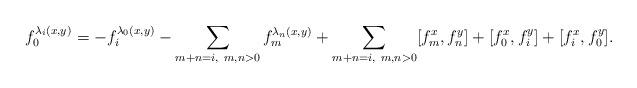
LaTeX: \begin{align*} f_0^{\lambda_i(x,y)}=-f_i^{\lambda_0(x,y)}-\sum_{m+n=i,~m,n>0}f_m^{\lambda_n(x,y)} +\sum_{m+n=i,~m,n>0}[f_m^x,f_n^{y}]+[f_0^x,f_i^{y}]+[f_i^x,f_0^{y}].\end{align*}